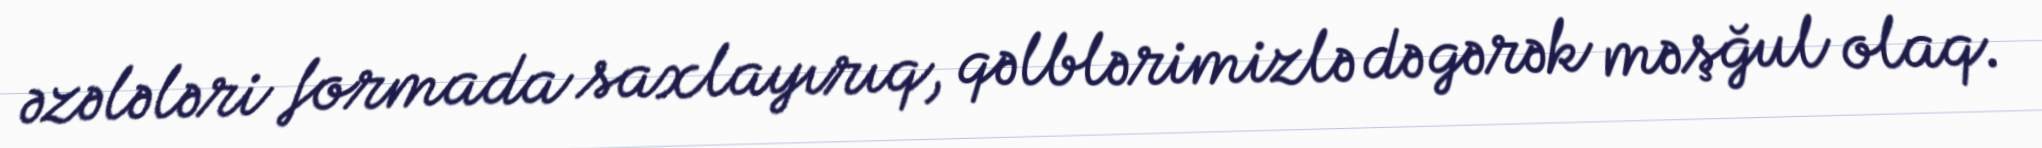
əzələləri formada saxlayırıq, qəlblərimizlə də gərək məşğul olaq.